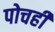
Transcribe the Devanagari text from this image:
पोचही